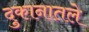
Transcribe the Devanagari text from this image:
दुकानातले